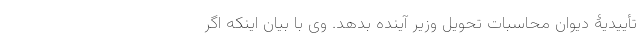
تأییدیۀ دیوان محاسبات تحویل وزیر آینده بدهد. وی با بیان اینکه اگر